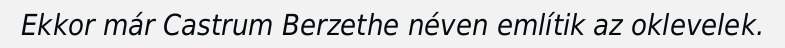
Ekkor már Castrum Berzethe néven említik az oklevelek.